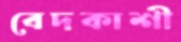
বেদকাশী